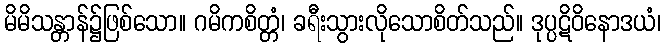
မိမိသန္တာန်၌ဖြစ်သော။ ဂမိကစိတ္တံ၊ ခရီးသွားလိုသောစိတ်သည်။ ဒုပ္ပဋိဝိနောဒယံ၊